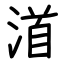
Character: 渞